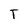
Character: T